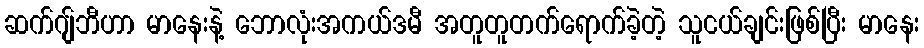
ဆက်ဂျ်ဘီဟာ မာနေးနဲ့ ဘောလုံးအကယ်ဒမီ အတူတူတက်ရောက်ခဲ့တဲ့ သူငယ်ချင်းဖြစ်ပြီး မာနေး